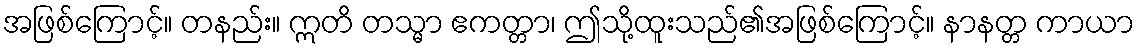
အဖြစ်ကြောင့်။ တနည်း။ ဣတိ တသ္မာ ဧကတ္တာ၊ ဤသို့ထူးသည်၏အဖြစ်ကြောင့်။ နာနတ္တ ကာယာ